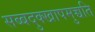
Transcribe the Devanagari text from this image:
सब्बदुक्खापमुच्चति